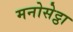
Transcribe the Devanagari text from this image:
मनोसेट्ठा